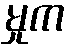
မှုက